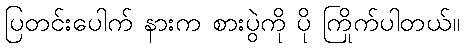
ပြတင်းပေါက် နားက စားပွဲကို ပို ကြိုက်ပါတယ်။